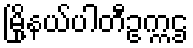
မြို့နယ်ပါတီဥက္ကဌ